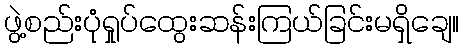
ဖွဲ့စည်းပုံရှုပ်ထွေးဆန်းကြယ်ခြင်းမရှိချေ။